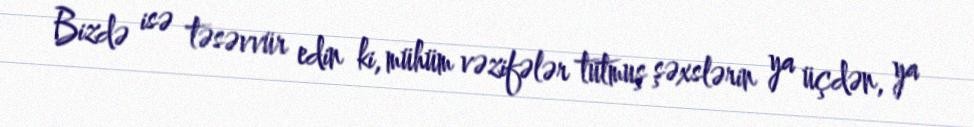
Bizdə isə təsəvvür edin ki, mühüm vəzifələr tutmuş şəxslərin ya üçdən, ya